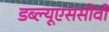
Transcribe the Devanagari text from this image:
डब्ल्यूएससीवी